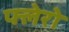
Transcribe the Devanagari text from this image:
फ्लेरो